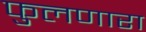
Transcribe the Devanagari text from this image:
फुलणारा